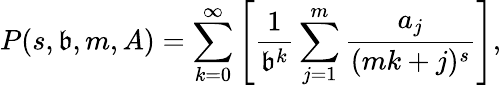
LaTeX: P(s,\mathfrak{b},m,A)=\sum_{k=0}^{\infty}\left[{\frac{{1}}{{\mathfrak{b}^{k}}}}\sum_{j=1}^{m}{\frac{{a_{j}}}{{(mk+j)^{s}}}}\right],